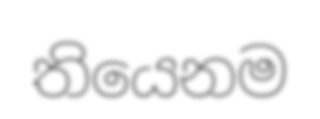
තියෙනම